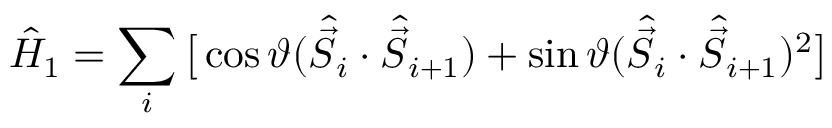
\hat { H } _ { 1 } = \sum _ { i } \big [ \cos \vartheta ( \hat { \vec { S } } _ { i } \cdot \hat { \vec { S } } _ { i + 1 } ) + \sin \vartheta ( \hat { \vec { S } } _ { i } \cdot \hat { \vec { S } } _ { i + 1 } ) ^ { 2 } \big ]